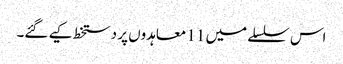
اس سلسلے میں 11 معاہدوں پر دستخط کیے گئے۔